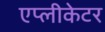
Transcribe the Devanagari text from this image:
एप्लीकेटर